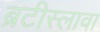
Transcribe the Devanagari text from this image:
ब्रटीस्लावा